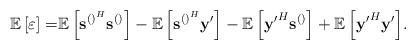
LaTeX: \begin{align*} \mathbb{E}\left[\varepsilon\right]=&{\mathbb{E}\left[\mathbf{s}^{\left(\right)^H}\mathbf{s}^{\left(\right)}\right]}-{\mathbb{E}\left[\mathbf{s}^{\left(\right)^H}\mathbf{y}'\right]}-{\mathbb{E}\left[\mathbf{y'}^H\mathbf{s}^{\left(\right)}\right]}+{\mathbb{E}\left[\mathbf{y'}^H\mathbf{y}'\right]}.\end{align*}